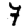
Digit: 7